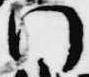
門